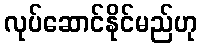
လုပ်ဆောင်နိုင်မည်ဟု